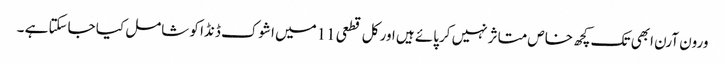
ورون آرن ابھی تک کچھ خاص متاثر نہیں کرپائے ہیں اور کل قطعی 11میں اشوک ڈنڈا کو شامل کیا جاسکتا ہے ۔